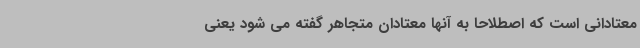
معتادانی است که اصطلاحاً به آنها معتادان متجاهر گفته می شود یعنی